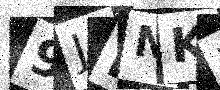
Text: 9JNNKP